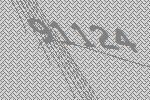
91124